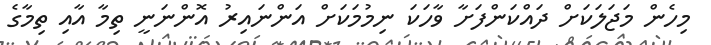
މިހެން މަޖަލަކަށް ދައްކަންފަށާ ވާހަކަ ނިމުމަކަށް އަންނައިރު އޮންނަނީ ތިމާ އާއި ތިމާގެ